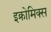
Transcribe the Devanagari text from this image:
इक्रोमिक्स